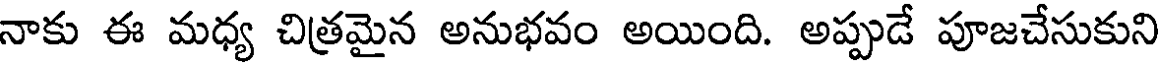
నాకు ఈ మధ్య చిత్రమైన అనుభవం అయింది. అప్పుడే పూజచేసుకుని